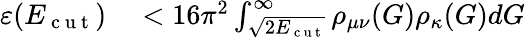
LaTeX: \begin{array}{rl}{\varepsilon(E_{\mathrm{~c~u~t~}})}&{{}<16\pi^{2}\int_{\sqrt{2E_{\mathrm{~c~u~t~}}}}^{\infty}\rho_{\mu\nu}(G)\rho_{\kappa}(G)dG}\end{array}